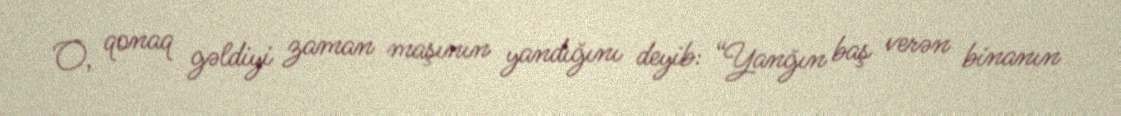
O, qonaq gəldiyi zaman maşının yandığını deyib: “Yanğın baş verən binanın